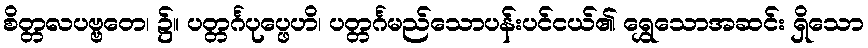
စိတ္တလပဗ္ဗတေ၊ ၌။ ပတ္တင်္ဂပုပ္ဖေဟိ၊ ပတ္တင်္ဂမည်သောပန်းပင်ငယ်၏ ရွှေသောအဆင်း ရှိသော